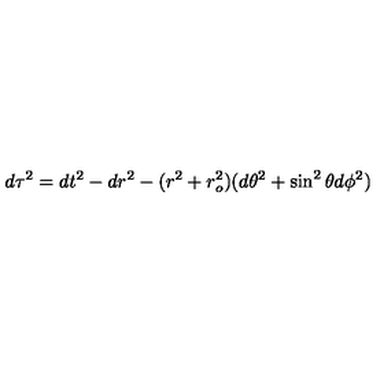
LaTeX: d \tau ^ { 2 } = d t ^ { 2 } - d r ^ { 2 } - ( r ^ { 2 } + r _ { o } ^ { 2 } ) ( d \theta ^ { 2 } + \sin ^ { 2 } \theta d \phi ^ { 2 } )